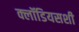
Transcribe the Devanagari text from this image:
क्लॉडियसशी